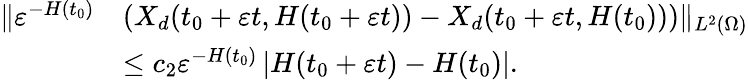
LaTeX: \begin{array}{rl}{\| \varepsilon^{-H(t_{0})}}&{\left(X_{d}(t_{0}+\varepsilon t,H(t_{0}+\varepsilon t))-X_{d}(t_{0}+\varepsilon t,H(t_{0}))\right)\| _{L^{2}(\Omega)}}\\ &{\leq c_{2}\varepsilon^{-H(t_{0})}\left|H(t_{0}+\varepsilon t)-H(t_{0})\right|.}\end{array}